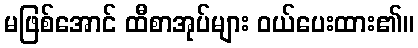
မဖြစ်အောင် ထီစာအုပ်များ ဝယ်ပေးထား၏။